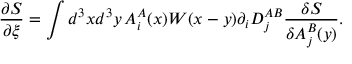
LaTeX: \frac { \partial S } { \partial \xi } = \int d ^ { 3 } x d ^ { 3 } y \, A _ { i } ^ { A } ( x ) W ( x - y ) \partial _ { i } D _ { j } ^ { A B } \frac { \delta S } { \delta A _ { j } ^ { B } ( y ) } .